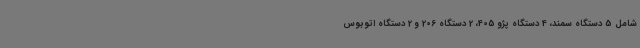
شامل 5 دستگاه سمند، 4 دستگاه پژو 405، 2 دستگاه 206 و 2 دستگاه اتوبوس